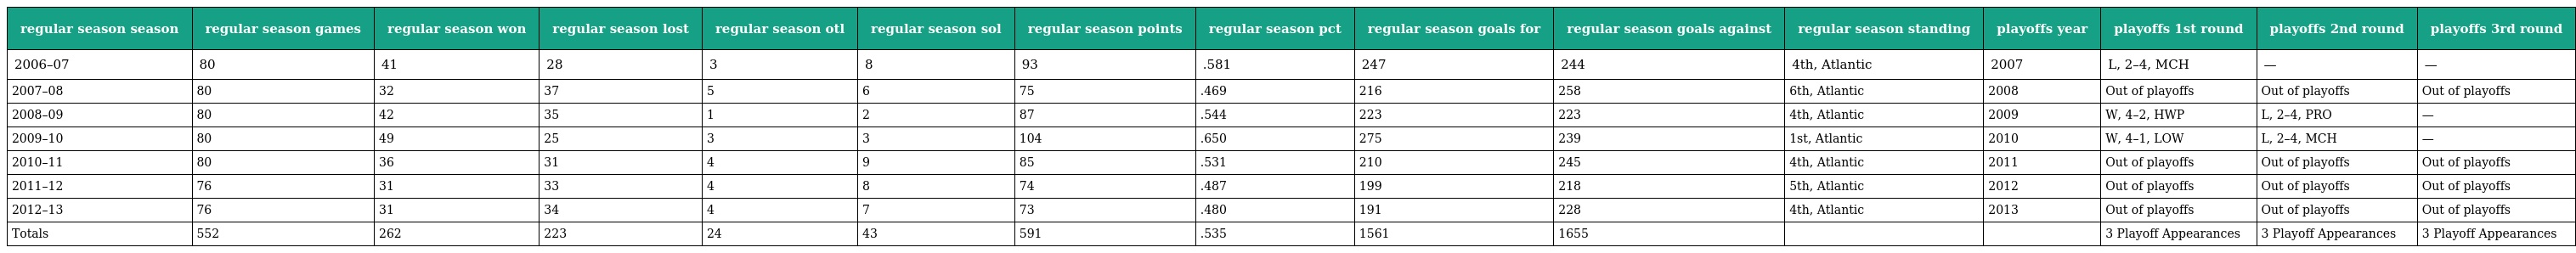
| regular season season | regular season games | regular season won | regular season lost | regular season otl | regular season sol | regular season points | regular season pct | regular season goals for | regular season goals against | regular season standing | playoffs year | playoffs 1st round | playoffs 2nd round | playoffs 3rd round |
 | --- | --- | --- | --- | --- | --- | --- | --- | --- | --- | --- | --- | --- | --- | --- |
 | 2006–07 | 80 | 41 | 28 | 3 | 8 | 93 | .581 | 247 | 244 | 4th, Atlantic | 2007 | L, 2–4, MCH | — | — |
 | 2007–08 | 80 | 32 | 37 | 5 | 6 | 75 | .469 | 216 | 258 | 6th, Atlantic | 2008 | Out of playoffs | Out of playoffs | Out of playoffs |
 | 2008–09 | 80 | 42 | 35 | 1 | 2 | 87 | .544 | 223 | 223 | 4th, Atlantic | 2009 | W, 4–2, HWP | L, 2–4, PRO | — |
 | 2009–10 | 80 | 49 | 25 | 3 | 3 | 104 | .650 | 275 | 239 | 1st, Atlantic | 2010 | W, 4–1, LOW | L, 2–4, MCH | — |
 | 2010–11 | 80 | 36 | 31 | 4 | 9 | 85 | .531 | 210 | 245 | 4th, Atlantic | 2011 | Out of playoffs | Out of playoffs | Out of playoffs |
 | 2011–12 | 76 | 31 | 33 | 4 | 8 | 74 | .487 | 199 | 218 | 5th, Atlantic | 2012 | Out of playoffs | Out of playoffs | Out of playoffs |
 | 2012–13 | 76 | 31 | 34 | 4 | 7 | 73 | .480 | 191 | 228 | 4th, Atlantic | 2013 | Out of playoffs | Out of playoffs | Out of playoffs |
 | Totals | 552 | 262 | 223 | 24 | 43 | 591 | .535 | 1561 | 1655 |  |  | 3 Playoff Appearances | 3 Playoff Appearances | 3 Playoff Appearances |